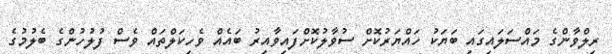
ރިލްވާންގެ މައްސަލައިގައި ބަޔަކު ހައްޔަރުކޮށް ސުވާލުކޮށްފައިވާއިރު ބައެއް ވެހިކަލްތައް ވެސް ފުލުހުންގެ ބެލުމުގެ